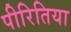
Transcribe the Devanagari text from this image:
पीरितिया